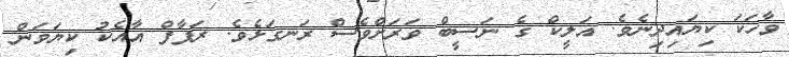
ވާހަކަ ކިޔައިދިނެވެ. އަލީކް ގެ ނަސީބް ވަރަށްވެސް ރަނގަޅެވެ. ރަފާފް އާއެކު ކިޔަވަން